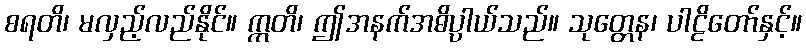
စရတိ၊ မလှည့်လည်နိုင်။ ဣတိ၊ ဤအနက်အဓိပ္ပါယ်သည်။ သုတ္တေန၊ ပါဠိတော်နှင့်။